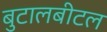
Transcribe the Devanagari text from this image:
बुटालबीटल